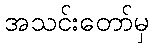
အသင်းတော်မှ